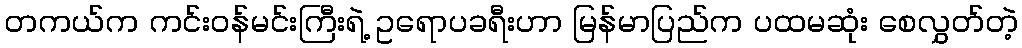
တကယ်က ကင်းဝန်မင်းကြီးရဲ့ ဥရောပခရီးဟာ မြန်မာပြည်က ပထမဆုံး စေလွှတ်တဲ့